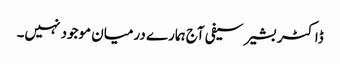
ڈاکٹر بشیر سیفی آج ہمارے درمیان موجود نہیں۔